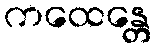
ကထေန္တေ